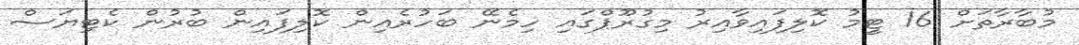
މުބާރާތަށް 16 ޓީމު ކޮލިފައިވާއިރު މިގުރޫޕްގައި ހިމެނޭ ބަހުރެއިން ކޮލިފައިން ބުރުން ކެޓިޔަސް